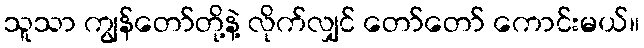
သူသာ ကျွန်တော်တို့နဲ့ လိုက်လျှင် တော်တော် ကောင်းမယ်။